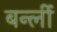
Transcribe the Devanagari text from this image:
बर्न्ली